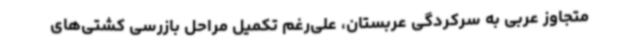
متجاوز عربی به سرکردگی عربستان، علی‌رغم تکمیل مراحل بازرسی کشتی‌های